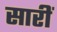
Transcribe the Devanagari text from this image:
सारीं